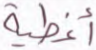
أغطية